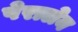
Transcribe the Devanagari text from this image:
पेरालेन